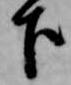
下